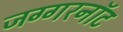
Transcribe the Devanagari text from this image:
जग्गरनॉट